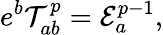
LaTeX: e^{b}{\cal T}_{ab}^{p}={\cal E}_{a}^{p-1},